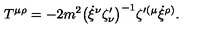
T { ^ { \mu \rho } } = - 2 m ^ { 2 } \big ( \dot { \xi } { ^ \nu } \zeta _ { \nu } ^ { \prime } \big ) ^ { - 1 } \zeta { ^ { \prime ( \mu } } \dot { \xi } { ^ { \rho ) } } .